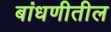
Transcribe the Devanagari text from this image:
बांधणीतील